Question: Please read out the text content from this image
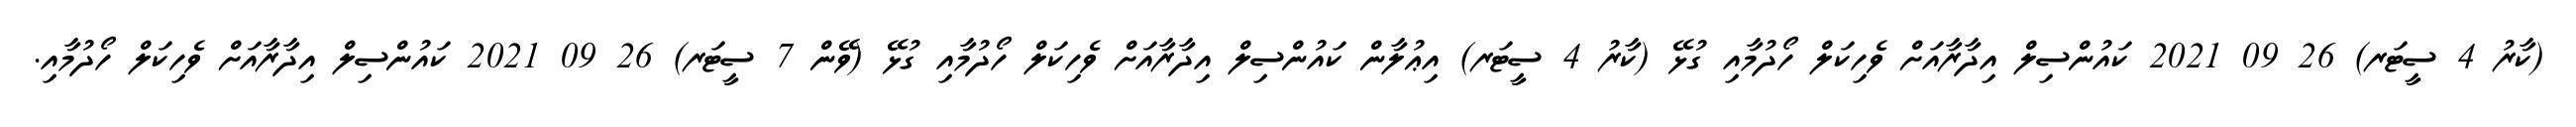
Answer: (ކާރު 4 ސީޓަރ) 26 09 2021 ކައުންސިލް އިދާރާއަށް ވެހިކަލް ހޯދުމާއި ގުޅޭ (ކާރު 4 ސީޓަރ) އިޢުލާން ކައުންސިލް އިދާރާއަށް ވެހިކަލް ހޯދުމާއި ގުޅޭ (ވޭން 7 ސީޓަރ) 26 09 2021 ކައުންސިލް އިދާރާއަށް ވެހިކަލް ހޯދުމާއި.